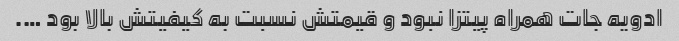
ادویه جات همراه پیتزا نبود و قیمتش نسبت به کیفیتش بالا بود ….